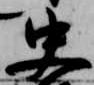
史